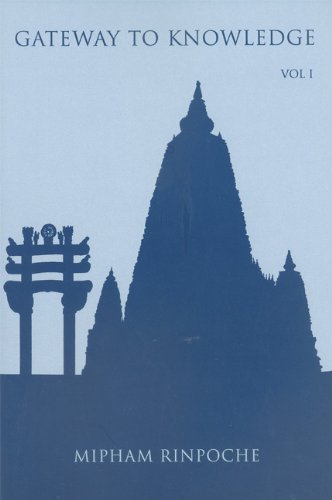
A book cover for Gateway to Knowledge: A Condensation of the Tripitaka, Vol. 1; Jamgon Mipham Rinpoche; Religion & Spirituality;